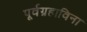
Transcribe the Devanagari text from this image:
पूर्वग्रहाविना